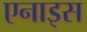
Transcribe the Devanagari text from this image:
एनाइस